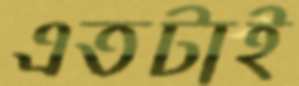
এতটাই